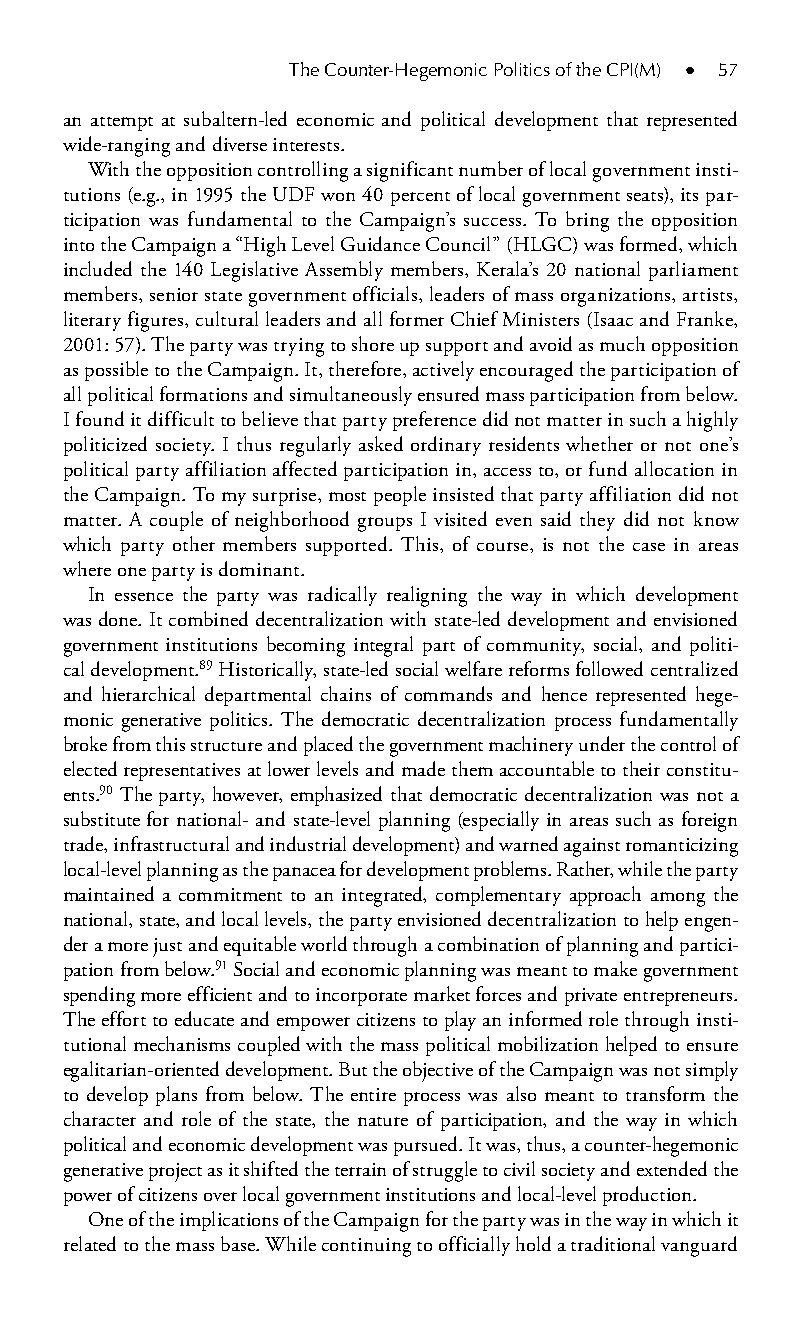
The Counter-Hegemonic Politics of the CPI(M) ● 57
 an attempt at subaltern-led economic and political development that represented
 wide-ranging and diverse interests.
 With the opposition controlling a significant number of local government insti-
 tutions (e.g., in 1995 the UDF won 40 percent of local government seats), its par-
 ticipation was fundamental to the Campaign’s success. To bring the opposition
 into the Campaign a “High Level Guidance Council” (HLGC) was formed, which
 included the 140 Legislative Assembly members, Kerala’s 20 national parliament
 members, senior state government officials, leaders of mass organizations, artists,
 literary figures, cultural leaders and all former Chief Ministers (Isaac and Franke,
 2001: 57). The party was trying to shore up support and avoid as much opposition
 as possible to the Campaign. It, therefore, actively encouraged the participation of
 all political formations and simultaneously ensured mass participation from below.
 I found it difficult to believe that party preference did not matter in such a highly
 politicized society. I thus regularly asked ordinary residents whether or not one’s
 political party affiliation affected participation in, access to, or fund allocation in
 the Campaign. To my surprise, most people insisted that party affiliation did not
 matter. A couple of neighborhood groups I visited even said they did not know
 which party other members supported. This, of course, is not the case in areas
 where one party is dominant.
 In essence the party was radically realigning the way in which development
 was done. It combined decentralization with state-led development and envisioned
 government institutions becoming integral part of community, social, and politi-
 cal development.89 Historically, state-led social welfare reforms followed centralized
 and hierarchical departmental chains of commands and hence represented hege-
 monic generative politics. The democratic decentralization process fundamentally
 broke from this structure and placed the government machinery under the control of
 elected representatives at lower levels and made them accountable to their constitu-
 ents.90 The party, however, emphasized that democratic decentralization was not a
 substitute for national- and state-level planning (especially in areas such as foreign
 trade, infrastructural and industrial development) and warned against romanticizing
 local-level planning as the panacea for development problems. Rather, while the party
 maintained a commitment to an integrated, complementary approach among the
 national, state, and local levels, the party envisioned decentralization to help engen-
 der a more just and equitable world through a combination of planning and partici-
 pation from below.91 Social and economic planning was meant to make government
 spending more efficient and to incorporate market forces and private entrepreneurs.
 The effort to educate and empower citizens to play an informed role through insti-
 tutional mechanisms coupled with the mass political mobilization helped to ensure
 egalitarian-oriented development. But the objective of the Campaign was not simply
 to develop plans from below. The entire process was also meant to transform the
 character and role of the state, the nature of participation, and the way in which
 political and economic development was pursued. It was, thus, a counter-hegemonic
 generative project as it shifted the terrain of struggle to civil society and extended the
 power of citizens over local government institutions and local-level production.
 One of the implications of the Campaign for the party was in the way in which it
 related to the mass base. While continuing to officially hold a traditional vanguard
 99778800223300660066440011ttss0055..iinndddd 5577 33//2277//22000088 33::0000::5566 PPMM